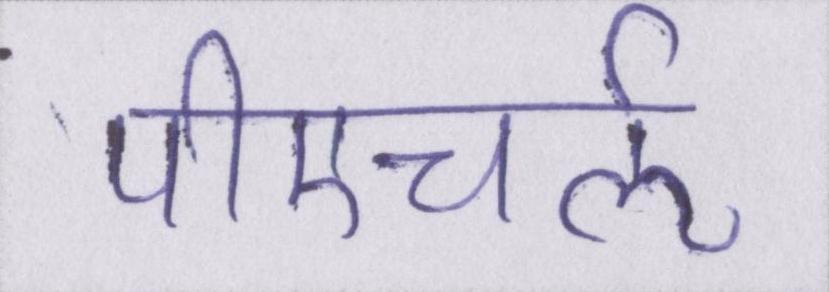
पीएचर्ऌ